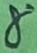
Text: 8